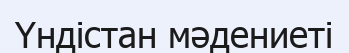
Үндістан мәдениеті